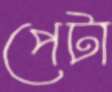
পেটা